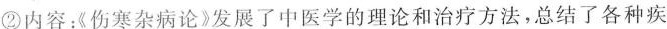
②内容：《伤寒杂病论》发展了中医学的理论和治疗方法，总结了各种疾